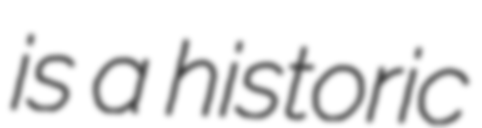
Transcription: is a historic